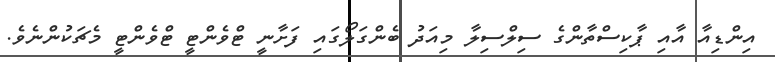
އިންޑިއާ އާއި ޕާކިސްތާންގެ ސިލްސިލާ މިއަދު ބެންގަލޯގައި ފަށާނީ ޓްވެންޓީ ޓްވެންޓީ މެޗަކުންނެވެ.